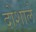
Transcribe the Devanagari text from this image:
दोशाले